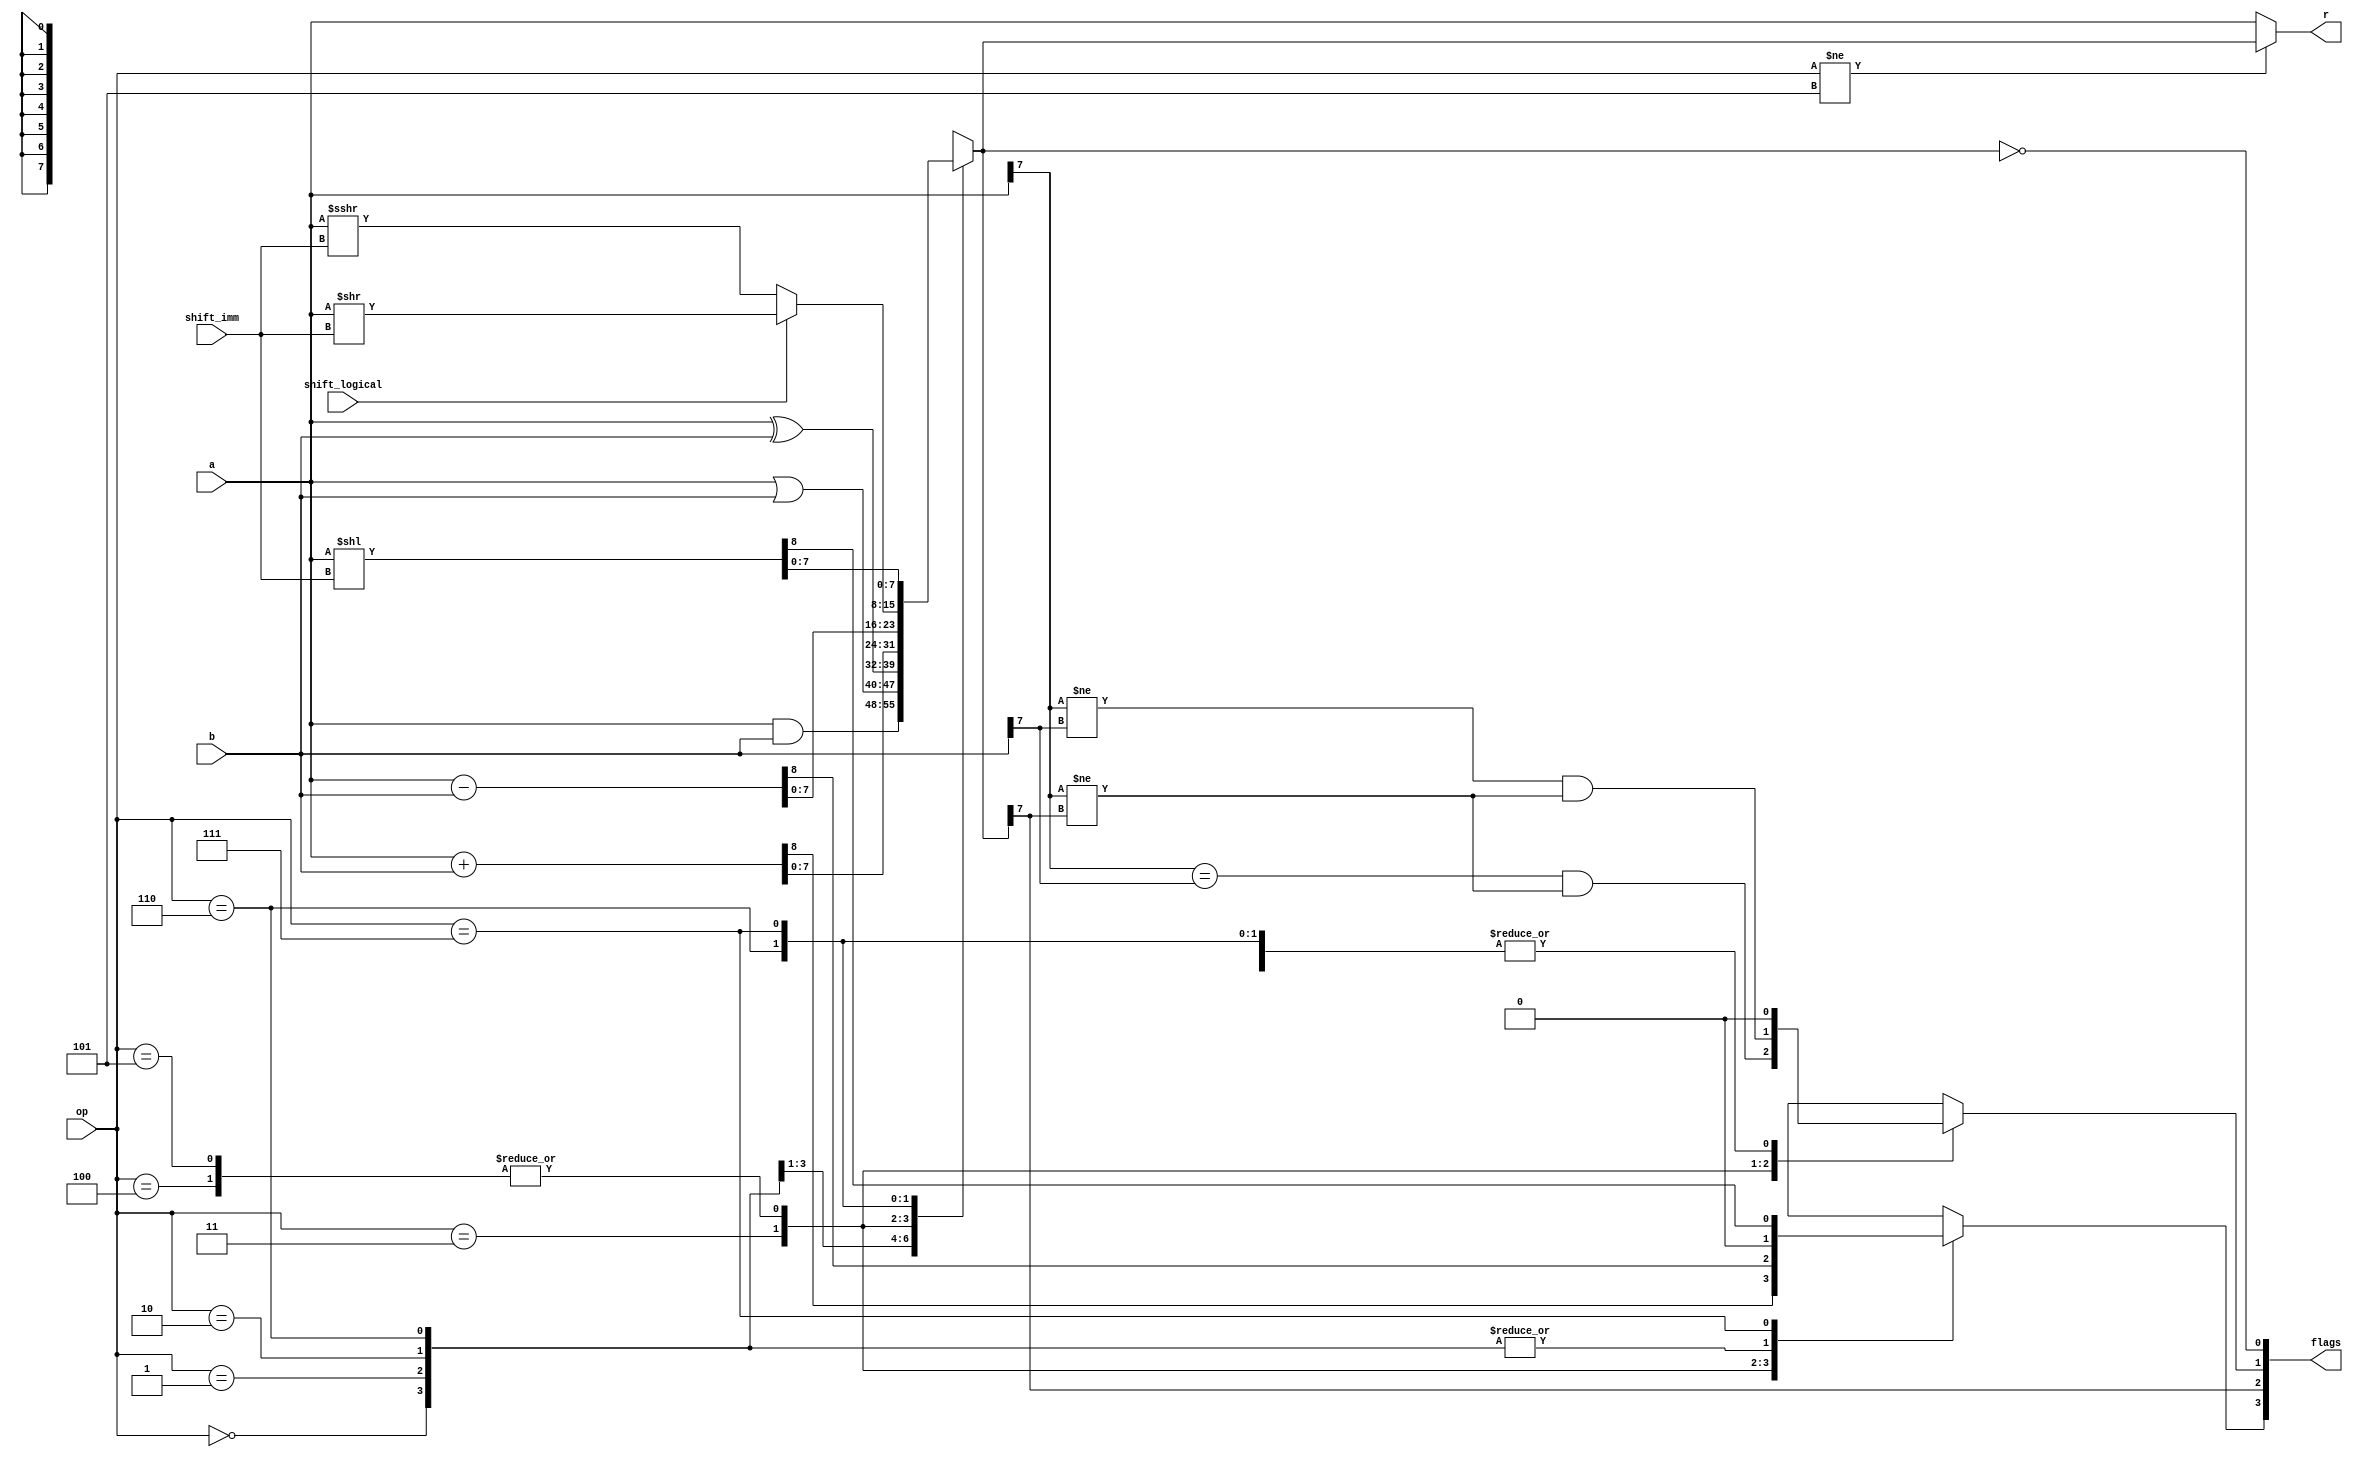
`timescale 1ns / 1ps
//////////////////////////////////////////////////////////////////////////////////
// Company: 
// Engineer: 
// 
// Design Name: 
// Module Name: alu
// Project Name: 
// Target Devices: 
// Tool Versions: 
// Description: 
// 
// Dependencies: 
// 
// Revision:
// Revision 0.01 - File Created
// Additional Comments:
// 
//////////////////////////////////////////////////////////////////////////////////


module alu(
    input  [2:0] op,          
    input  [7:0] a,              
    input  [7:0] b,             
    input        shift_logical,  
    input  [2:0] shift_imm,   
      
    output [7:0] r,           
    output [3:0] flags         
);

    wire [8:0] a_plus_b = a + b;
    wire [8:0] a_sub_b = a - b;
    wire [7:0] shift_right = shift_logical
        ? a >> shift_imm
        : $signed($signed(a) >>> shift_imm);
    wire [8:0] shift_left = a << shift_imm;
 
    reg  [7:0] result;

    always @(*) begin
        case (op)
            3'b000: result <= a&b;
            3'b001: result <= a|b;
            3'b010: result <= a^b;
            3'b011: result <= a_plus_b[7:0];
            3'b100: result <= a_sub_b[7:0];
            3'b101: result <= a_sub_b[7:0];
            3'b110: result <= shift_right;
            3'b111: result <= shift_left[7:0];
        endcase
    end

    // FLAGS
    reg  c;
    wire n = result[7];
    reg  v;
    wire z = result == 0;
    always @(*) begin
        case (op)
            3'b000: begin c <= 0;             v <= 0; end
            3'b001: begin c <= 0;             v <= 0; end
            3'b010: begin c <= 0;             v <= 0; end
            3'b011: begin c <= a_plus_b[8];   v <= a[7] == b[7] && a[7] != result[7]; end
            3'b100: begin c <= a_sub_b[8];    v <= a[7] != b[7] && a[7] != result[7]; end
            3'b101: begin c <= a_sub_b[8];    v <= a[7] != b[7] && a[7] != result[7]; end
            3'b110: begin c <= 0;             v <= 0; end
            3'b111: begin c <= shift_left[8]; v <= 0; end
        endcase
    end

    // Use the ALU result unless we are doing comparisons
    assign r = op != 'b101 ? result : a;

    assign flags = ({ c, n, v, z });

endmodule